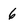
Character: 6